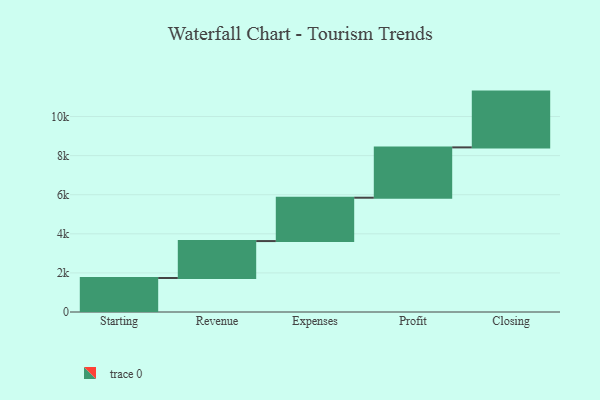
{"axis": {"x": "Step", "y": "Value"}, "legend": [""], "data": [{"x": "Starting", "y": 1739.0, "type": ""}, {"x": "Revenue", "y": 1890.0, "type": ""}, {"x": "Expenses", "y": 2219.0, "type": ""}, {"x": "Profit", "y": 2575.0, "type": ""}, {"x": "Closing", "y": 2854.0, "type": ""}]}